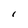
Character: 1